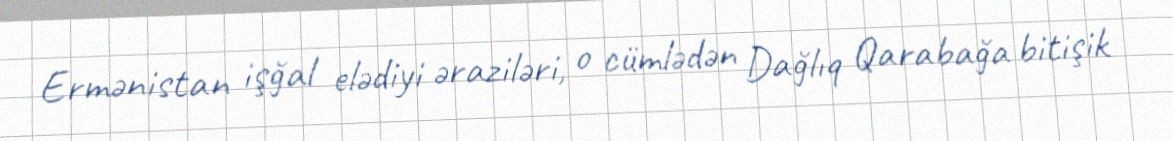
Ermənistan işğal elədiyi əraziləri, o cümlədən Dağlıq Qarabağa bitişik